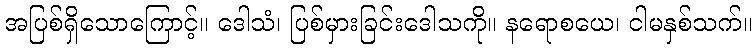
အပြစ်ရှိသောကြောင့်။ ဒေါသံ၊ ပြစ်မှားခြင်းဒေါသကို။ နရောစယေ၊ ငါမနှစ်သက်။